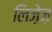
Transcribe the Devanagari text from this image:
लिज़ेज़